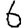
Digit: 6